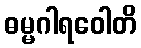
ဓမ္မဂါရဝေါတိ